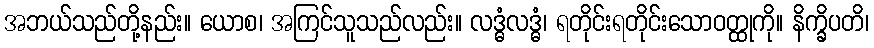
အဘယ်သည်တို့နည်း။ ယောစ၊ အကြင်သူသည်လည်း။ လဒ္ဓံလဒ္ဓံ၊ ရတိုင်းရတိုင်းသောဝတ္ထုကို။ နိက္ခိပတိ၊